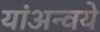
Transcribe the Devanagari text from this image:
यांअन्वये